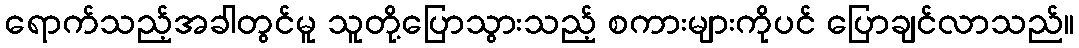
ရောက်သည့်အခါတွင်မူ သူတို့ပြောသွားသည့် စကားများကိုပင် ပြောချင်လာသည်။